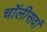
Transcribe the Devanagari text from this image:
चॉलीसवां